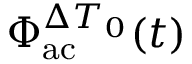
\Phi _ { \mathrm { a c } } ^ { \Delta T _ { 0 } } ( t )